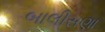
બાલીસણા